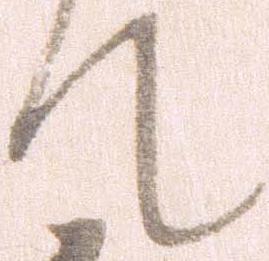
て